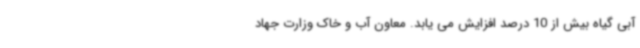
آبی گیاه بیش از 10 درصد افزایش می یابد. معاون آب و خاک وزارت جهاد